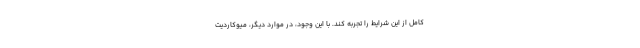
کامل از این شرایط را تجربه کند. با این وجود، در موارد دیگر، میوکاردیت